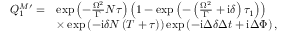
\begin{array} { r l } { Q _ { 1 } ^ { M \prime } = } & { \exp \left( - \frac { \Omega ^ { 2 } } { \Gamma } N \tau \right) \left( 1 - \exp \left( - \left( \frac { \Omega ^ { 2 } } { \Gamma } + \mathrm { i } \delta \right) \tau _ { 1 } \right) \right) } \\ & { \times \exp \left( - \mathrm { i } \delta N \left( T + \tau \right) \right) \exp \left( - \mathrm { i } \Delta \delta \Delta t + \mathrm { i } \Delta \Phi \right) , } \end{array}